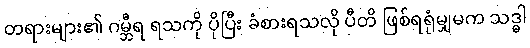
တရားများ၏ ဂမ္ဘီရ ရသကို ပိုပြီး ခံစားရသလို ပီတိ ဖြစ်ရရုံမျှမက သဒ္ဓါ